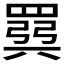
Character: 𫅈